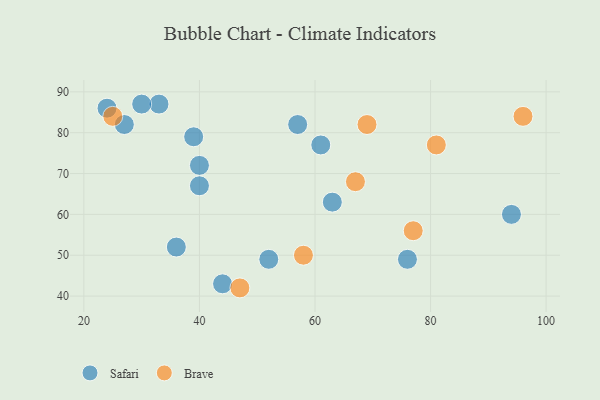
{"axis": {"x": "GDP", "y": "Life Expectancy"}, "legend": ["Brave", "Safari"], "data": [{"x": "33", "y": 87, "type": "Safari"}, {"x": "76", "y": 49, "type": "Safari"}, {"x": "27", "y": 82, "type": "Safari"}, {"x": "63", "y": 63, "type": "Safari"}, {"x": "44", "y": 43, "type": "Safari"}, {"x": "52", "y": 49, "type": "Safari"}, {"x": "39", "y": 79, "type": "Safari"}, {"x": "24", "y": 86, "type": "Safari"}, {"x": "30", "y": 87, "type": "Safari"}, {"x": "94", "y": 60, "type": "Safari"}, {"x": "57", "y": 82, "type": "Safari"}, {"x": "40", "y": 72, "type": "Safari"}, {"x": "36", "y": 52, "type": "Safari"}, {"x": "40", "y": 67, "type": "Safari"}, {"x": "61", "y": 77, "type": "Safari"}, {"x": "77", "y": 56, "type": "Brave"}, {"x": "58", "y": 50, "type": "Brave"}, {"x": "67", "y": 68, "type": "Brave"}, {"x": "96", "y": 84, "type": "Brave"}, {"x": "81", "y": 77, "type": "Brave"}, {"x": "25", "y": 84, "type": "Brave"}, {"x": "47", "y": 42, "type": "Brave"}, {"x": "69", "y": 82, "type": "Brave"}]}